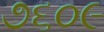
૭૬૦૯